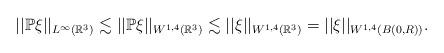
LaTeX: \begin{align*}||\mathbb{P} \xi||_{L^{\infty}(\mathbb{R}^{3})}\lesssim ||\mathbb{P} \xi||_{W^{1,4}(\mathbb{R}^{3})}\lesssim || \xi||_{W^{1,4}(\mathbb{R}^{3})}=|| \xi||_{W^{1,4}(B(0,R) )}.\end{align*}